Report on sanitation, dispensaries, and jails in Rajputana for 1916, and on vaccination for the year 1916-1917 - 1916-1917
Year: 1916
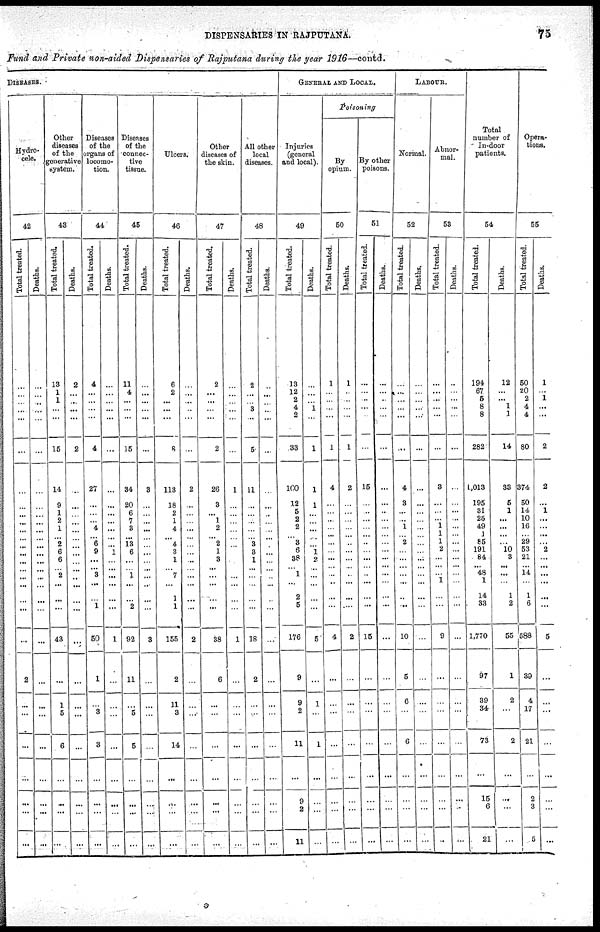
DISPENSARIES IN RAJPUTANA.
75
Fund and Private non-aided Dispensaries of Rajputana during the year 1916—contd.
DISEASES.
Hydro-
cele.
42
Total treated.
...
...
...
...
...
...
...
...
...
...
...
...
...
...
...
... ...
...
...
...
...
2
...
...
...
...
...
...
...
Deaths.
...
...
...
...
...
...
...
...
...
...
...
...
...
...
...
... ...
...
...
...
...
...
...
...
...
...
...
...
...
Other
diseases
of the
generative
system.
43
Total treated.
13
1
1
...
...
15
14
9
1
2
1
...
2
6
6
... 2
...
...
...
43
...
1
5
6
...
...
...
...
Deaths.
2
...
...
...
...
2
...
...
...
...
...
...
...
...
...
... ...
...
...
...
...
...
...
...
...
...
...
...
...
Diseases
of the
organs of
locomo-
tion.
44
Total treated.
4
...
...
...
...
4
27
...
...
...
4
...
6
9
...
... 3
...
...
1
50
1
...
3
3
...
...
...
...
Deaths.
...
...
...
...
...
...
...
...
...
...
...
...
...
1
...
... ...
...
...
...
1
...
...
...
...
...
...
...
...
Diseases
of the
connec-
tive
tissue.
45
Total treated.
11
4
...
...
...
15
34
20
6
7
3
...
13
6
...
... 1
...
...
2
92
11
...
5
5
...
...
...
...
Deaths.
...
...
...
...
...
...
3
...
...
...
...
...
...
...
...
... ...
...
...
...
3
...
...
...
...
...
...
...
...
Ulcers.
46
Total treated.
6
2
...
...
...
8
113
18
2
1
4
...
4
3
1
... 7
...
1
1
155
2
11
3
14
...
...
...
...
Deaths.
...
...
...
...
...
...
2
...
...
...
...
...
...
...
...
... ...
...
...
...
2
...
...
...
...
...
...
...
...
Other
diseases of
the skin.
47
Total treated.
2
...
...
...
...
2
26
3
...
1
2
...
2
1
3
... ...
...
...
...
38
6
...
...
...
...
...
...
...
Deaths.
...
...
...
...
...
...
1
...
...
...
...
...
...
...
...
... ...
...
...
...
1
...
...
...
...
...
...
...
...
All other
local
diseases.
48
Total treated.
2
...
...
3
...
5
11
...
...
...
...
...
3
3
1
... ...
...
...
...
18
2
...
...
...
...
...
...
...
Deaths.
...
...
...
...
...
...
...
...
...
...
...
...
...
...
...
... ...
...
...
...
...
...
...
...
...
...
...
...
...
GENERAL AND LOCAL.
Injuries
(general
and local).
49
Total treated.
13
12
2
4
2
33
100
12
5
2
2
... 3
6
38
... 1
...
2
5
176
9
9
2
11
...
9
2
11
Deaths.
...
...
...
1
...
1
1
1
...
...
...
...
...
1
2
... ...
...
...
...
5
...
1
...
1
...
...
...
...
POISONING
By
opium.
50
Total treated.
1
...
...
...
...
1
4
...
...
...
...
...
...
...
...
... ...
...
...
...
4
...
...
...
...
...
...
...
...
Deaths.
1
...
...
...
...
1
2
...
...
...
...
...
...
...
...
... ...
...
...
...
2
...
...
...
...
...
...
...
...
By other
poisons.
51
Total treated.
...
...
...
...
...
...
15
...
...
...
...
...
...
...
...
... ...
...
...
...
15
...
...
...
...
...
...
...
...
Deaths.
...
...
...
...
...
...
...
...
...
...
...
...
...
...
...
... ...
...
...
...
...
...
...
...
...
...
...
...
...
LABOUR.
Normal.
52
Total treated.
...
...
...
...
...
...
4
3
...
...
1
... 2
...
...
... ...
...
...
...
10
5
6
...
6
...
...
...
...
Deaths.
...
...
...
...
...
...
...
...
...
...
...
...
...
...
...
... ...
...
...
...
...
...
...
...
...
...
...
...
...
Abnor-
mal.
53
Total treated.
...
...
...
...
...
...
3
...
...
...
1
1
1
2
...
... ...
1
...
...
9
...
...
...
...
...
...
...
...
Deaths.
...
...
...
...
...
...
...
...
...
...
...
...
...
...
...
... ...
...
...
...
...
...
...
...
...
...
...
...
...
Total
number of
In-door
patients.
54
Total treated.
194
67
5
8
8
282
1,013
195
31
25
49
1
85
191
84
... 48
1
14
33
1,770
97
39
34
73
...
15
6
21
Deaths.
12
...
... 1
1
14
38
5
1
...
...
...
...
10
3
... ...
...
1
2
55
1
2
...
2
...
...
...
...
Opera-
tions.
55
Total treated.
50
20
2
4
4
80
374
50
14
10
16
...
29
53
21
... 14
...
1
6
588
39
4
17
21
...
2
3
5
Deaths.
1
...
1
...
...
2
2
...
1
...
...
...
...
2
...
... ...
...
...
...
5
...
...
...
...
...
...
...
...